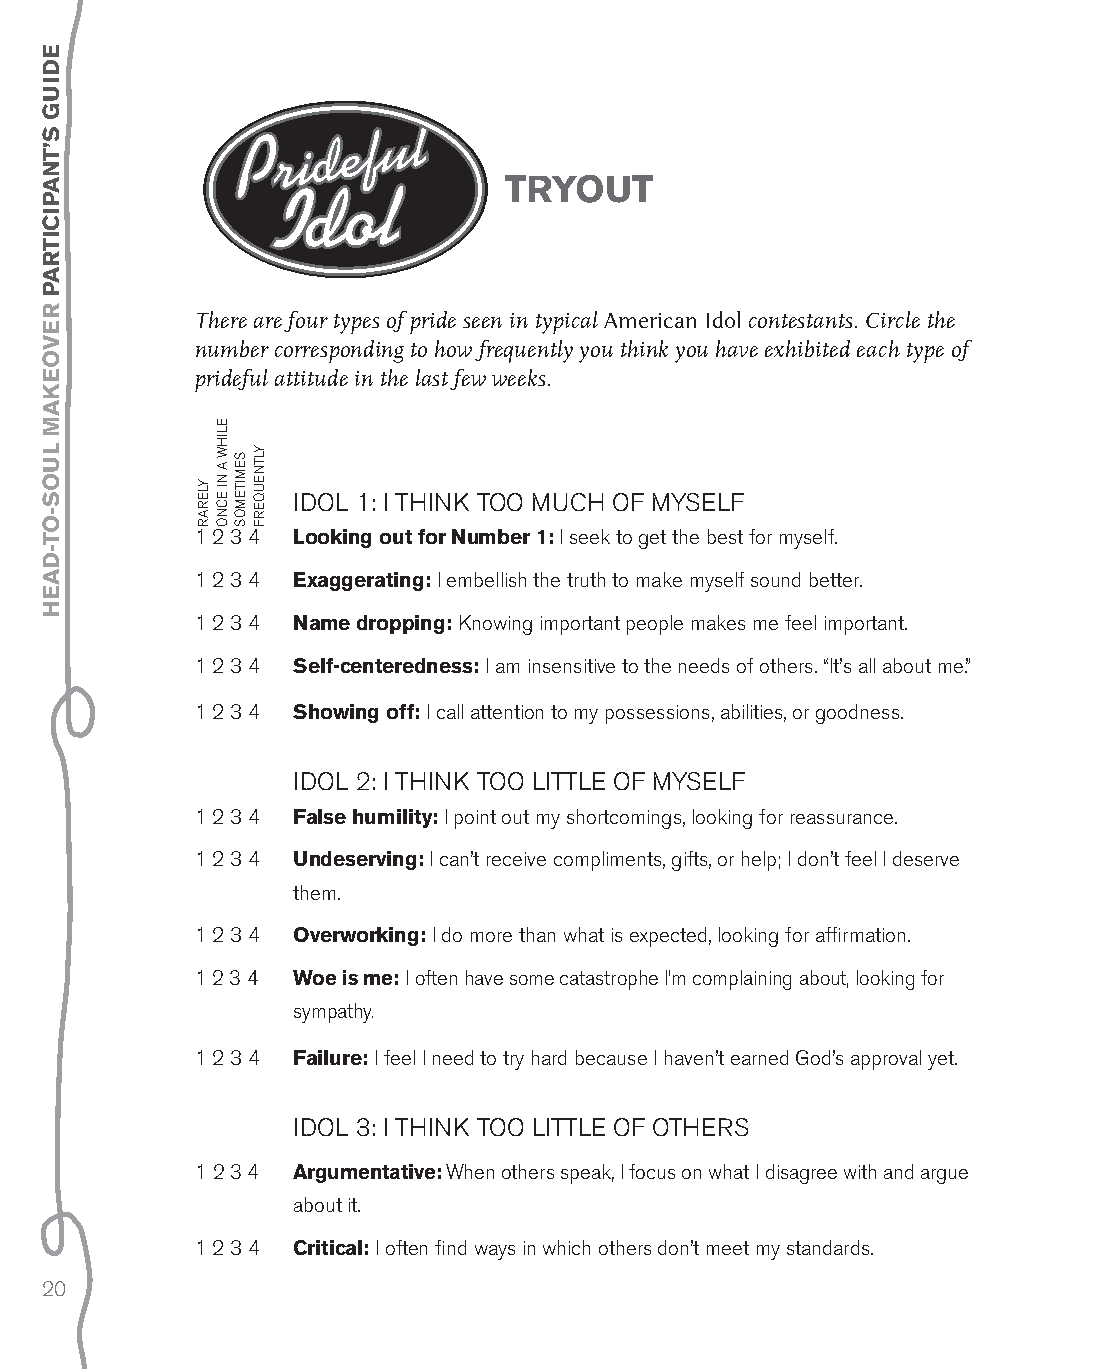
tryout
 There are four types of pride seen in typical American Idol contestants. Circle the
 number corresponding to how frequently you think you have exhibited each type of
 prideful attitude in the last few weeks.
 idol 1: i tHink too MucH oF MySelF
 1 2 3 4 looking out for number 1: i seek to get the best for myself.
 1 2 3 4 exaggerating: i embellish the truth to make myself sound better.
 1 2 3 4 name dropping: knowing important people makes me feel important.
 1 2 3 4 self-centeredness: i am insensitive to the needs of others. “it’s all about me.”
 1 2 3 4 showing off: i call attention to my possessions, abilities, or goodness.
 idol 2: i tHink too little oF MySelF
 1 2 3 4 false humility: i point out my shortcomings, looking for reassurance.
 1 2 3 4 undeserving: i can’t receive compliments, gifts, or help; i don’t feel i deserve
 them.
 1 2 3 4 overworking: i do more than what is expected, looking for affirmation.
 1 2 3 4 Woe is me: i often have some catastrophe i’m complaining about, looking for
 sympathy.
 1 2 3 4 failure: i feel i need to try hard because i haven’t earned god’s approval yet.
 idol 3: i tHink too little oF otHerS
 1 2 3 4 argumentative: When others speak, i focus on what i disagree with and argue
 about it.
 1 2 3 4 Critical: i often find ways in which others don’t meet my standards.
 20
 eDIuG
 s’tnapICItrap
 revoekaM
 luos-ot-Daeh
 ylerar
 eliHW
 a
 ni
 ecno
 SeMiteMoS
 yltneuQerF